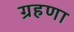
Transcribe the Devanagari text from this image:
ग्रहणा